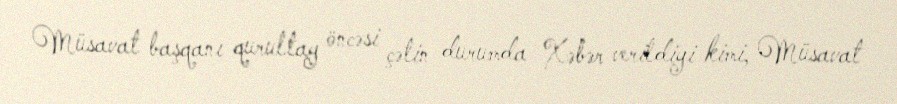
Müsavat başqanı qurultay öncəsi çətin durumda Xəbər verildiyi kimi, Müsavat